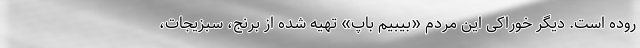
روده است. دیگر خوراکی این مردم «بیبیم باپ» تهیه شده از برنج، سبزیجات،